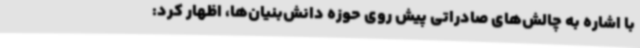
با اشاره به چالش‌های صادراتی پیش روی حوزه‌ دانش‌بنیان‌ها، اظهار کرد: